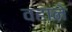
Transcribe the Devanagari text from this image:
वहाने